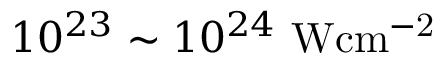
1 0 ^ { 2 3 } \sim 1 0 ^ { 2 4 } \mathrm { ~ W c m ^ { - 2 } }